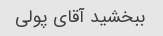
ببخشید آقای پولی